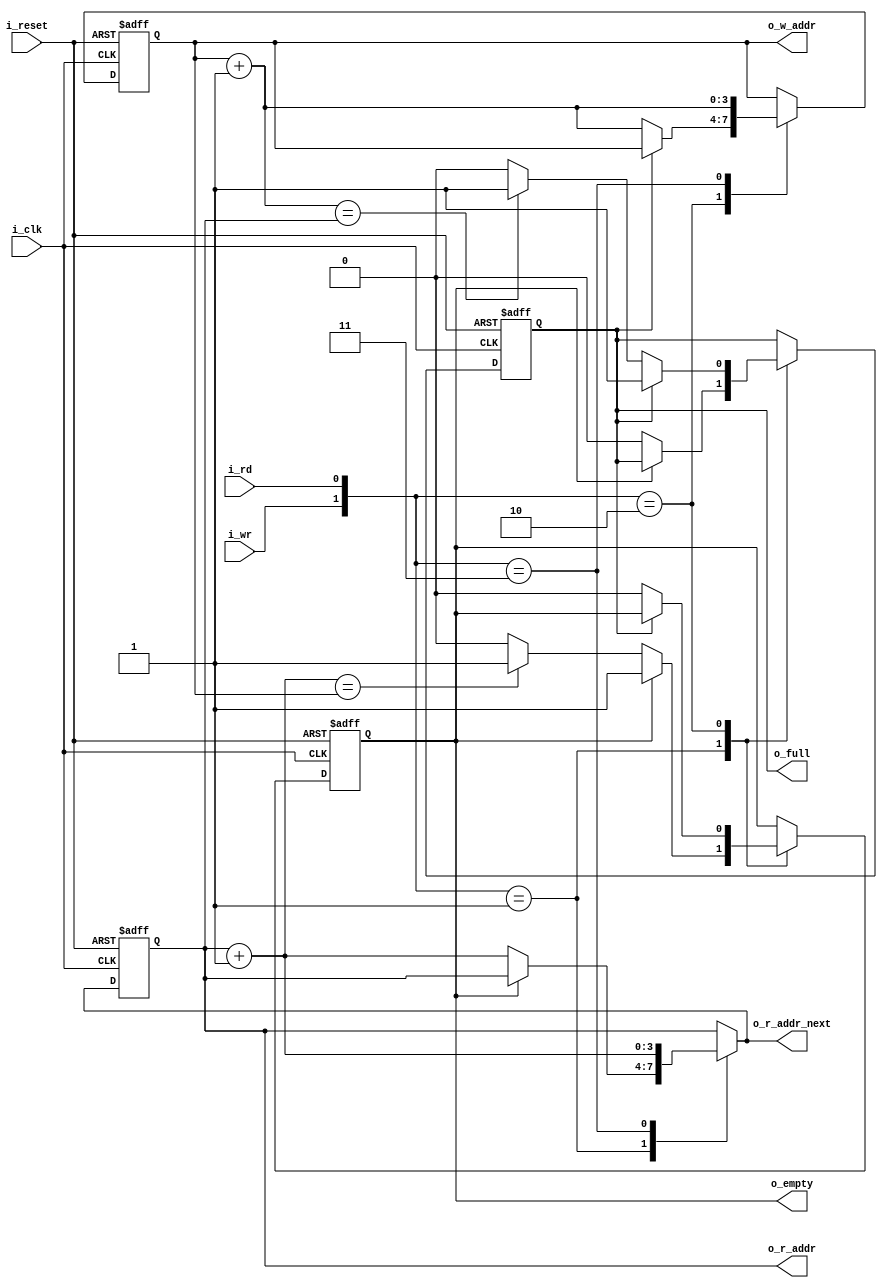
module fifo_ctrl
	#(
		parameter ADDR_WIDTH = 4	// number of address bits
	)
	(
		output wire [ADDR_WIDTH-1:0] o_r_addr,
		output wire [ADDR_WIDTH-1:0] o_r_addr_next,
		output wire [ADDR_WIDTH-1:0] o_w_addr,
		output wire o_empty, 
		output wire o_full,
		input wire i_rd, 
		input wire i_wr,

		input wire i_clk, 
		input wire i_reset
	);

	// signal declaration
	reg [ADDR_WIDTH-1:0] w_ptr_reg, w_ptr_next, w_ptr_succ;
	reg [ADDR_WIDTH-1:0] r_ptr_reg, r_ptr_next, r_ptr_succ;
	reg full_reg, empty_reg, full_next, empty_next;

	// body
	// fifo control logic
	// registers for status and read and i_write pointers
	always @(posedge i_clk, posedge i_reset)
		if (i_reset)
			begin
				w_ptr_reg <= 0;
				r_ptr_reg <= 0;
				full_reg <= 1'b0;
				empty_reg <= 1'b1;
			end
		else
			begin
				w_ptr_reg <= w_ptr_next;
				r_ptr_reg <= r_ptr_next;
				full_reg <= full_next;
				empty_reg <= empty_next;
			end

	// next-state logic for read and i_write pointers
	always @*
	begin
		// successive pointer values
		w_ptr_succ = w_ptr_reg + 1;
		r_ptr_succ = r_ptr_reg + 1;

		// default: keep old values
		w_ptr_next = w_ptr_reg;
		r_ptr_next = r_ptr_reg;
		full_next = full_reg;
		empty_next = empty_reg;

		case ({i_wr, i_rd})
			//2'b00: no op
			2'b01:	// read
				if (~empty_reg)	// not empty
					begin
						r_ptr_next = r_ptr_succ;
						full_next = 1'b0;
						if (r_ptr_succ == w_ptr_reg)
							empty_next = 1'b1;
					end
			2'b10: // write
				if (~full_reg)	// not full
					begin
						w_ptr_next = w_ptr_succ;
						empty_next = 1'b0;
						if (w_ptr_succ == r_ptr_reg)
							full_next = 1'b1;
					end
			2'b11:	// write and read
				begin
					w_ptr_next = w_ptr_succ;
					r_ptr_next = r_ptr_succ;
				end
		endcase
	end
	
	// output
	assign o_w_addr = w_ptr_reg;
	assign o_r_addr = r_ptr_reg;
	assign o_r_addr_next = r_ptr_next;
	assign o_full = full_reg;
	assign o_empty = empty_reg;
endmodule